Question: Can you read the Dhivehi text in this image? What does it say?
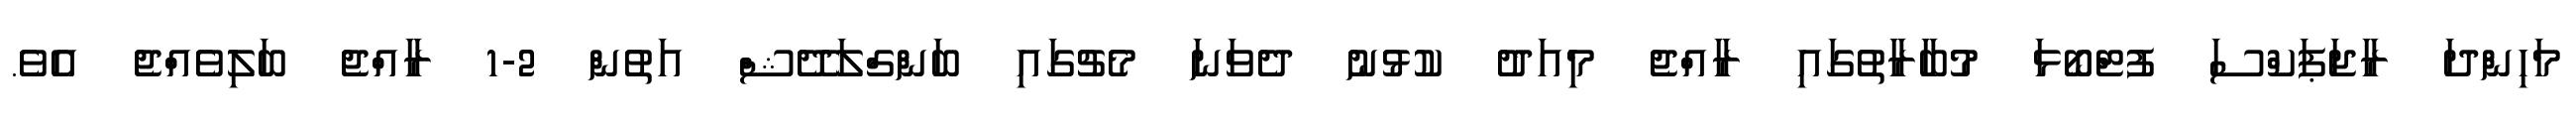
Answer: މަހިންދަ ރާޖަޕަކްސަ ފުޓްބޯޅަ މުބާރާތުގައި ރާއްޖެ މިއަދު ކުޅުނު ދެވަނަ މެޗުގައި ބަންގްލަދޭޝް އަތުން 2-1 ރާއްޖެ ބަލިވެއްޖެ އެވެ.